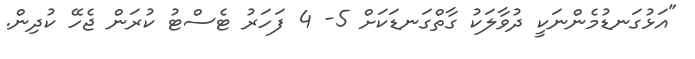
"އަޅުގަނޑުމެންނަކީ ދުވާލަކު ގާތްގަނޑަކަށް 5- 4 ފަހަރު ޓެސްޓު ކުރަން ޖެހޭ ކުދިން.